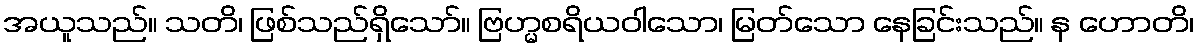
အယူသည်။ သတိ၊ ဖြစ်သည်ရှိသော်။ ဗြဟ္မစရိယဝါသော၊ မြတ်သော နေခြင်းသည်။ န ဟောတိ၊